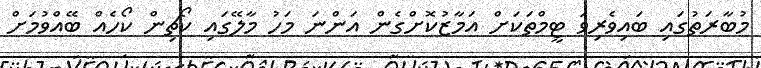
މުބާރަތުގައި ބައިވެރިވަ ޓީމްތަކަށް އަމާޒުކޮށްގެން އަންނަ މަހު މާލޭގައި ކޯޗިން ކޯހެއް ބޭއްވުމަށް